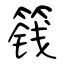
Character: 篯